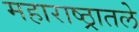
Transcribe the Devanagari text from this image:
महाराष्ठ्रातले